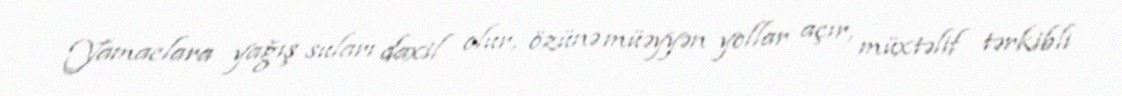
Yamaclara yağış suları daxil olur, özünə müəyyən yollar açır, müxtəlif tərkibli